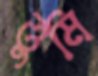
ত্তুমি